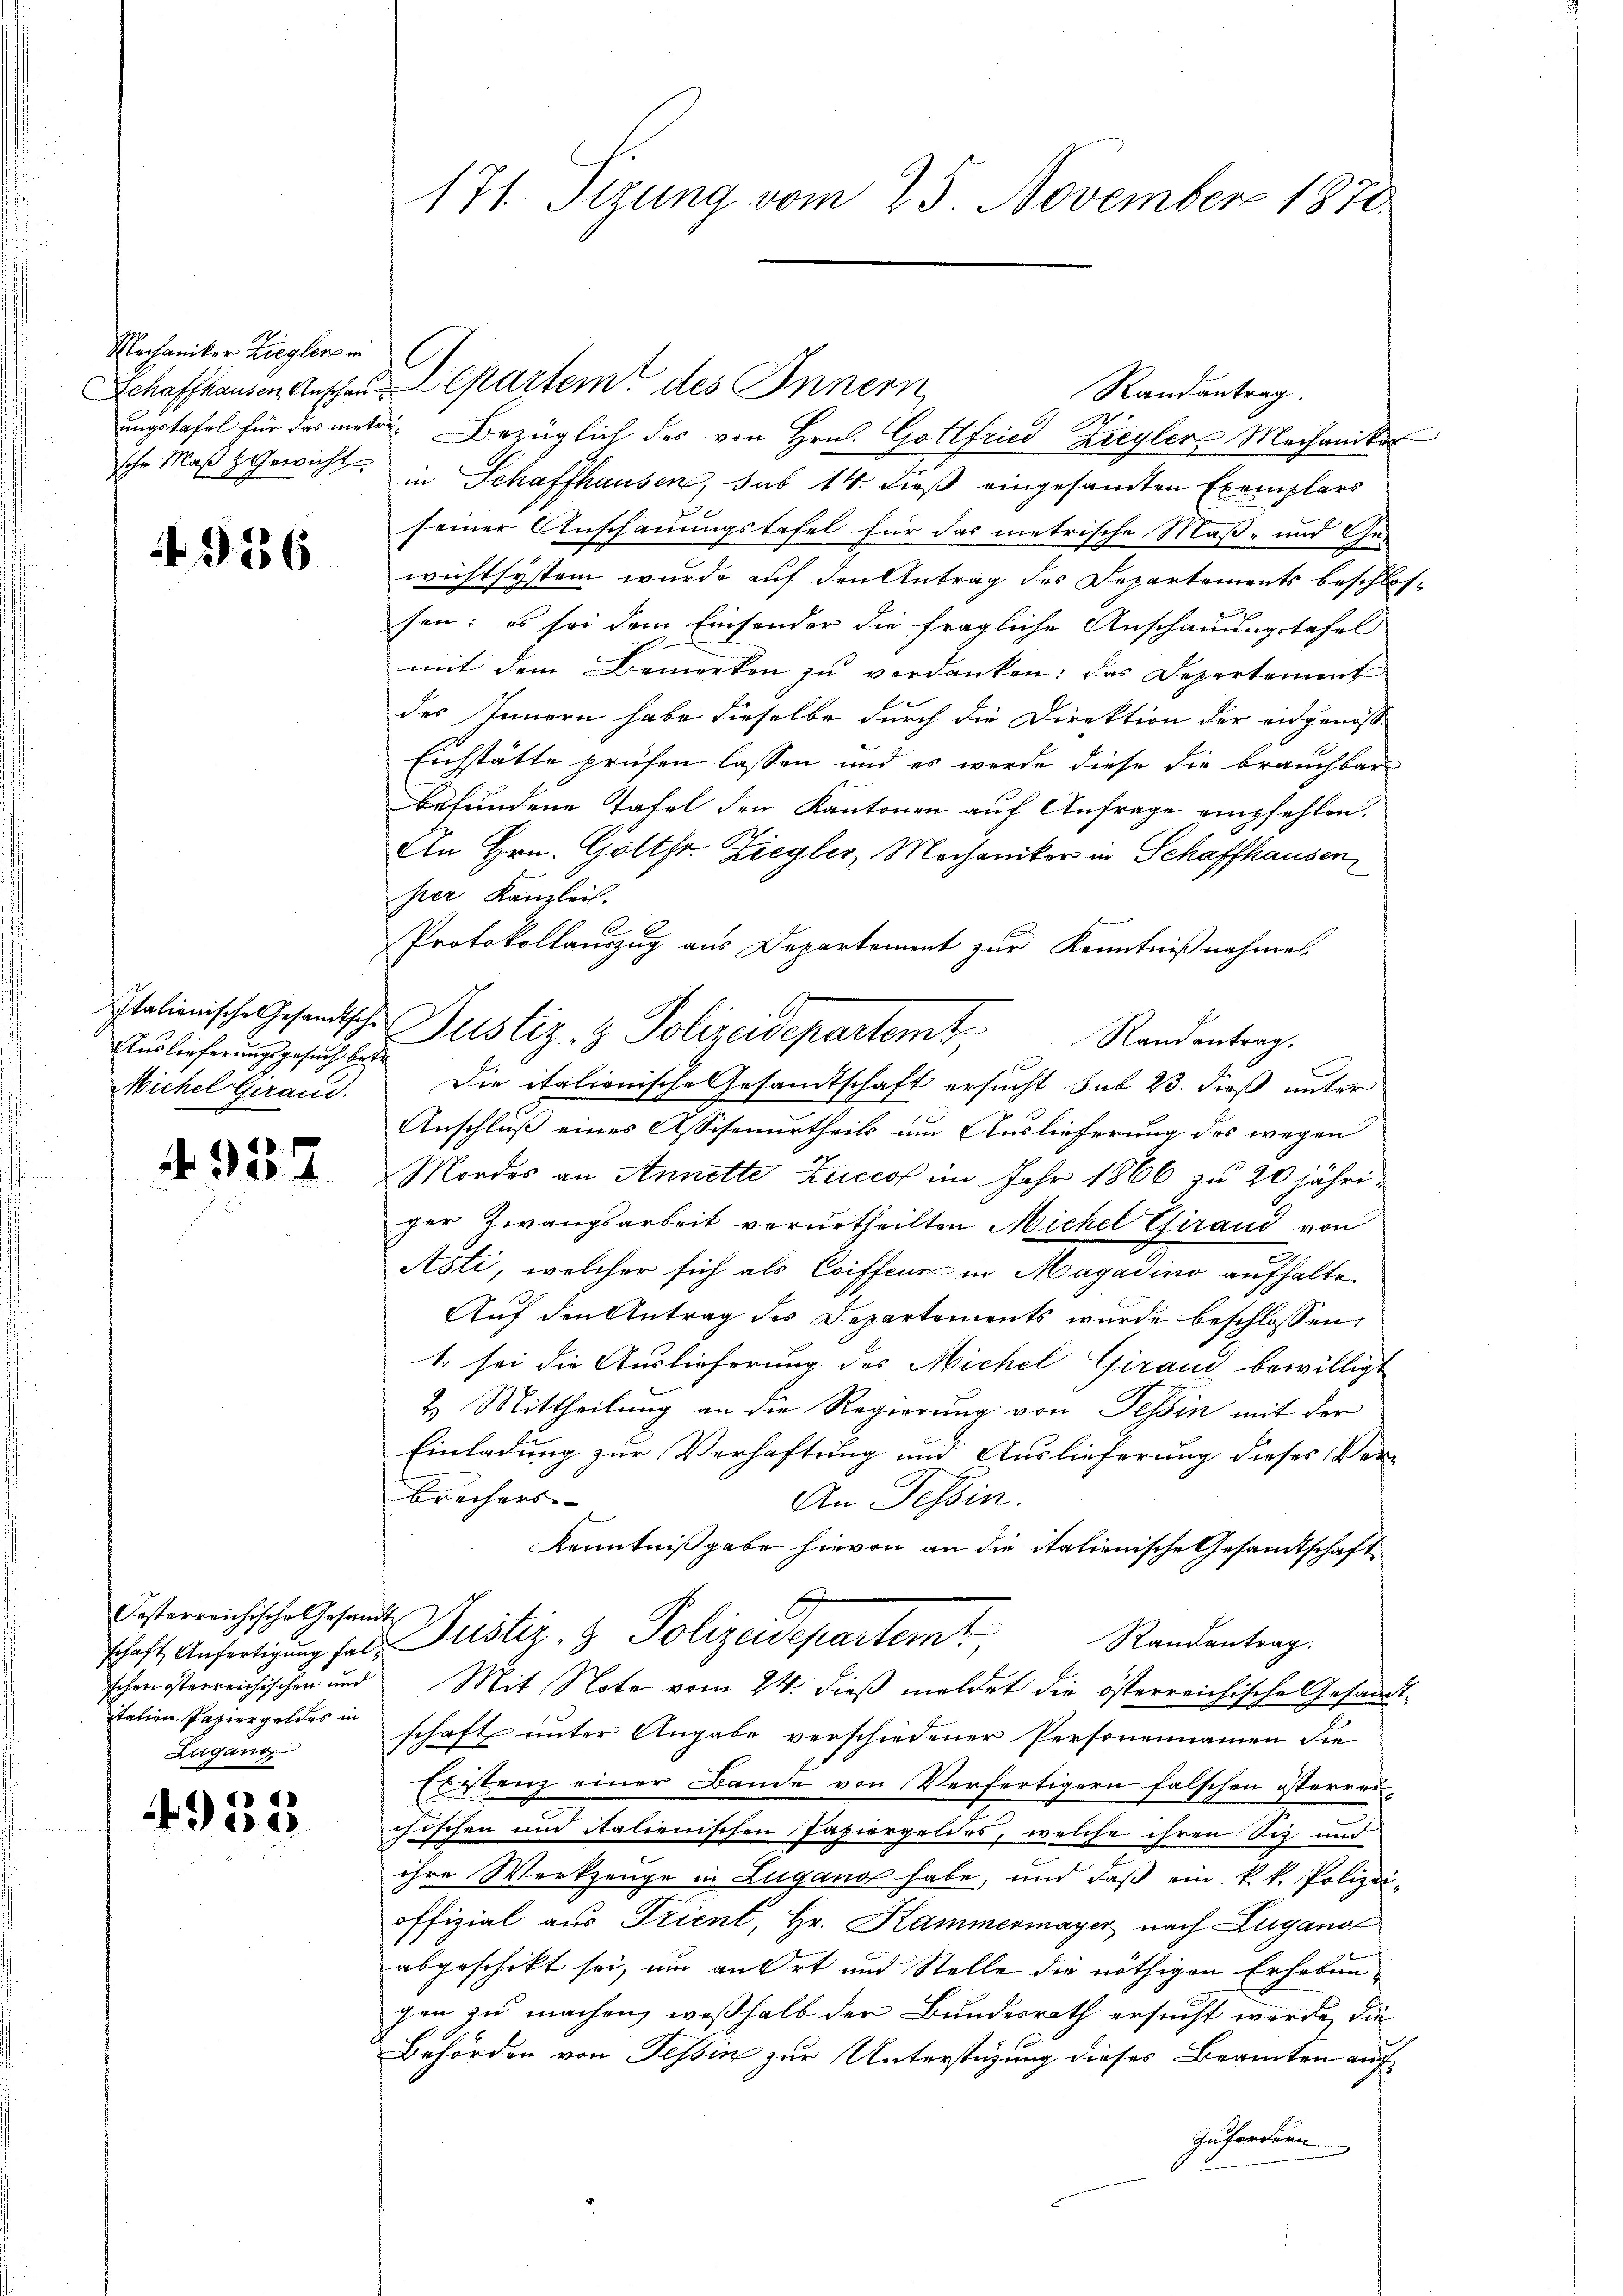
Mechaniker Zieglers in
sche Maß & Gewicht

4936

Auslieferungsgesuch betr
Nichel Gerand.

4937

Festerreichische Gesandt
italien. Papiergeldes in
Zugano.

4935

171. Sizung vom 25. November 1870

Schaffhausen Anschen Departem des Innern,
Randantrag.
ungstafel für das unter Bezüglich des von Hrn. Gottfried Ziegler Mechaniker
in Schaffhausen, sub 14. dieß eingesandten Exemplars
seiner Anschauungstafel für das metrische Maß- und Gewichtsystem wurde auf den Antrag des Departements beschlossen; es sei dem Einsonder die fragliche Anschauungstafel
mit dem Bemerken zu verdanken: das Departement
des Innern habe dieselbe durch die Direktion der eidgenosse
Eichstätte prüfen lassen und es werde diese die brauchbar
befundene Tafel den Kantonen auf Anfrage empfehlen.
An Hrn. Gottfr. Ziegler, Mechaniker in Schaffhausen,
per Kanzlei.
Protokollauszug aus Departement zur Kenntnißnahme.
Italienische Gesandtsche Justiz- & Polizeidepartemt Randantrag.
1 x
Die italienische Gesandtschaft ersucht sub 23. dieß unter
Anschluß eines Assisenurtheils um Auslieferung des wegen
Mordes an Annette Zuccol im Jahr 1866 zu 20 jähriger Zwangsarbeit verurtheilten Michel Chiraud von
Asti, welcher sich als Coiffeur in Magadino aufhalte.
Auf den Antrag des Departements wurde beschlossen:
1. sei die Auslieferung des Michel Girand bewilligt
2. Mittheilung an die Regierung von Tessin mit der
Einladung zur Verhaftung und Auslieferung dieses Ver-
brechers.
An Tessin.
Kenntnißgabe hievon an die italienische Gesandtschaft
Randantrag.
schaft Anfertigung sein Pustiz- & Polizeidepartemt,
schen österreichischen und Mit Note vom 24. dieβ meldet die österreichische Gesandt
schaft unter Angabe verschiedener Personennamen die
Erstenz einer Bande von Verfertigern falschen österreichischen und italienischen Papiergeldes, welche ihren Siz und
ihre Werkzeuge in Lugano habe, und daß ein k.k. Polizeioffizial aus Trient, Hr. Hammermayer nach Lugano
abgeschikt sei, um an Ort und Stelle die nöthigen Erhobengen zu machen, weßhalb der Bundesrath ersucht werde, die
f
Behörden von Tessin zur Unterstüzung dieses Beamten aufzufordern